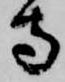
寺